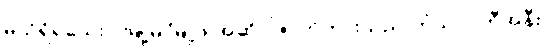
မသိရှိရသေးပဲ မြို့မိ/မြို့ဖ အဆိုပါဇာတ်ကားသည် ဟံသာဝတီအနီး